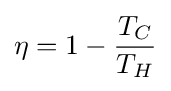
\eta =1-{\frac {T_{C}}{T_{H}}}